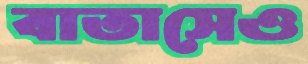
বাতাসেও